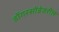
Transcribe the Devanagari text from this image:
डोंगरसोंडेवरील